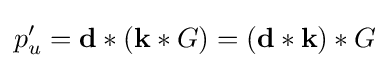
p'_{u}=\mathbf {d} \ast (\mathbf {k} \ast G)=(\mathbf {d} \ast \mathbf {k} )\ast G